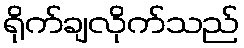
ရိုက်ချလိုက်သည်